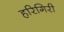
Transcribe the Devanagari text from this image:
हरिगिरी